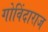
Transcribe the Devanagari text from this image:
गोविंदाराज